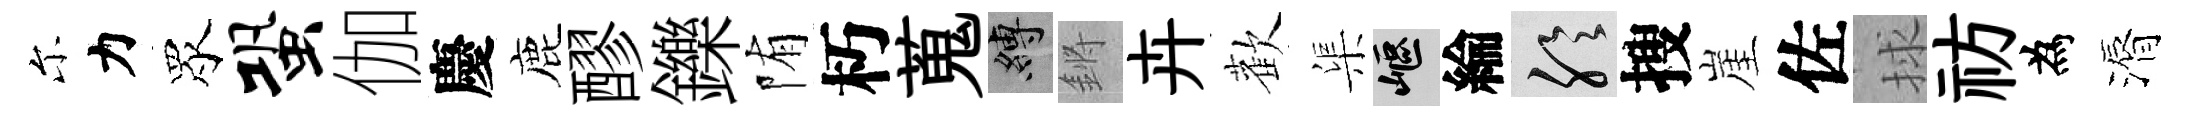
尓力眾蛩伽慶鹿醪鑠陏朽蒐縛鏘卉歡渠嶇綸聆搜崖佐捄祊為漘